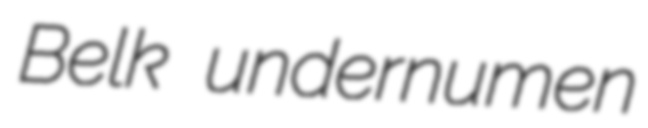
Belk undernumen